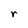
Character: r